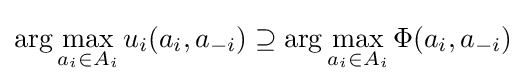
\arg \max _{a_{i}\in A_{i}}u_{i}(a_{i},a_{-i})\supseteq \arg \max _{a_{i}\in A_{i}}\Phi (a_{i},a_{-i})